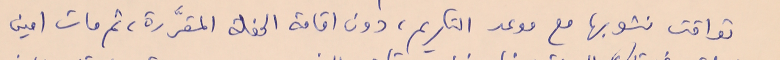
تواقت نشوبها مع موعد التكريم، دون اقامة الحفلة المقرَّرة، ثم مات امين